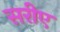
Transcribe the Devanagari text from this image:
सरीए